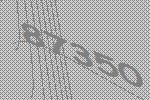
87350